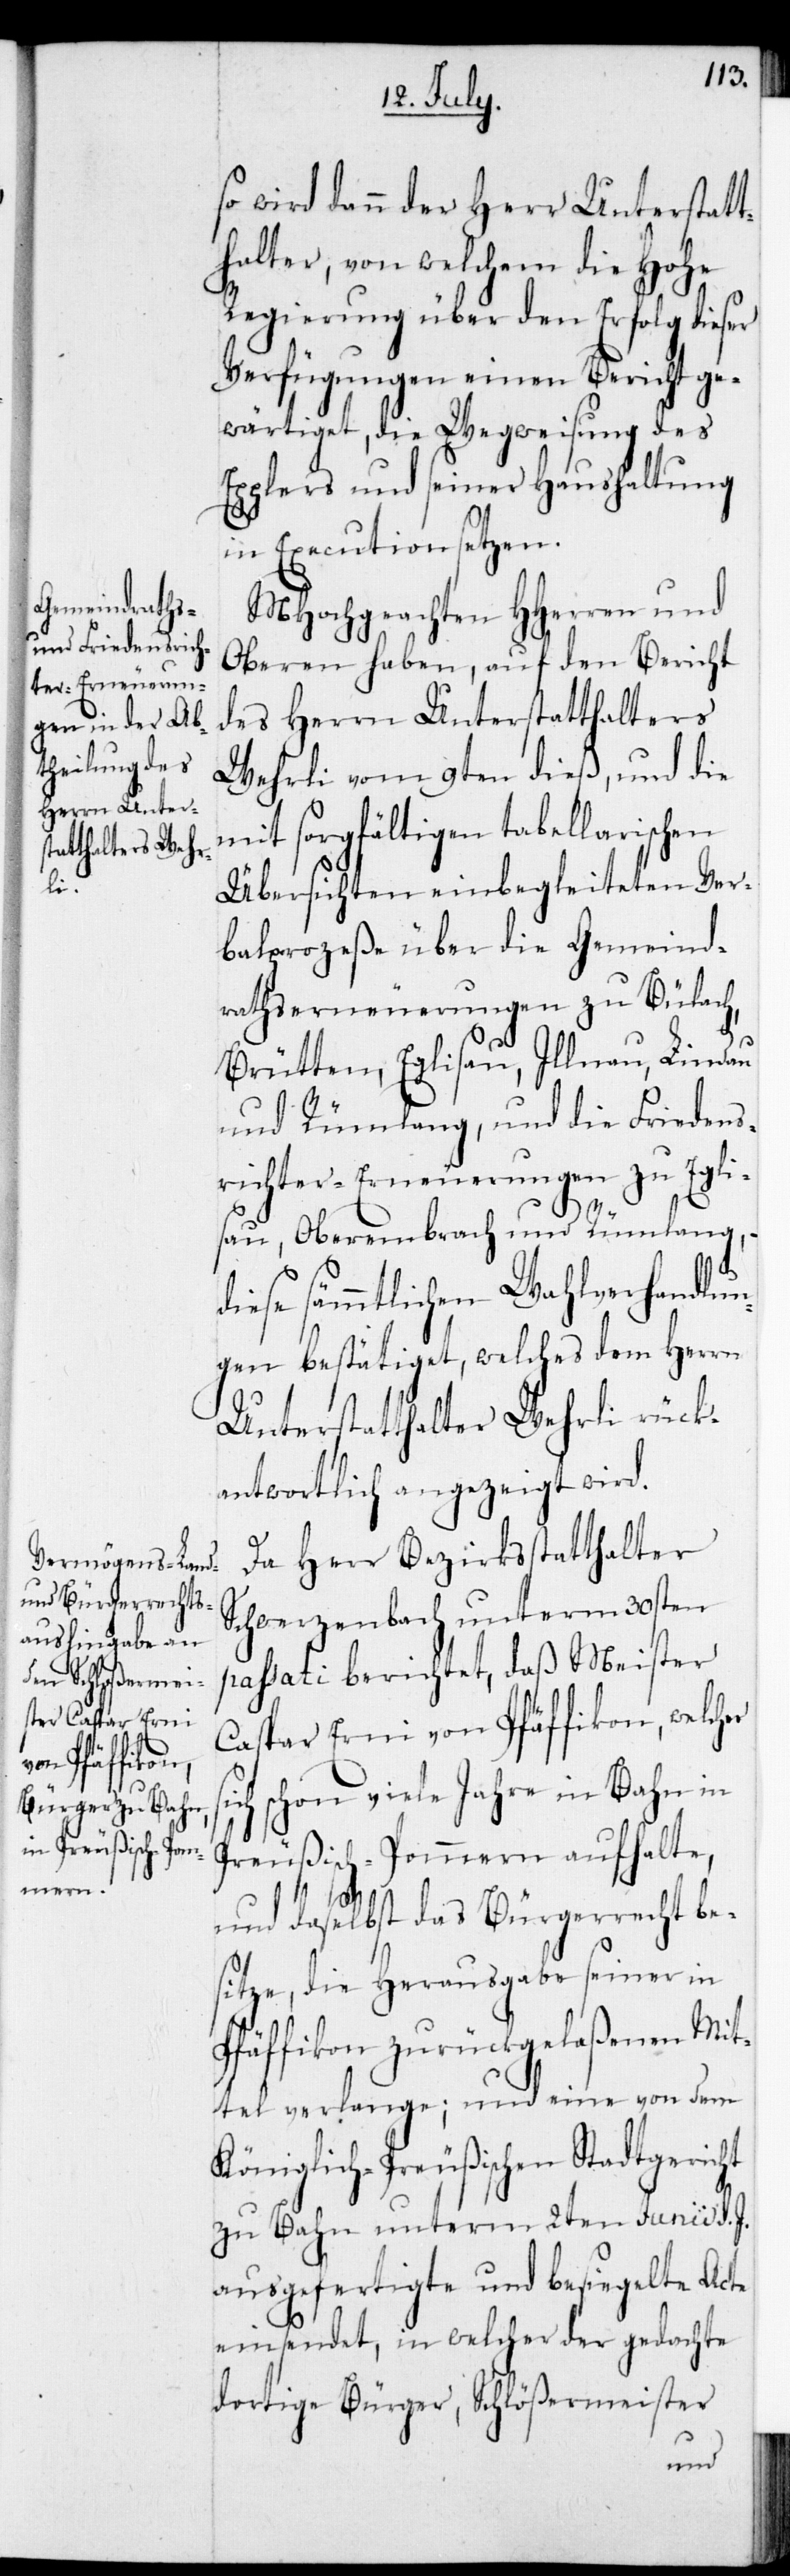
so wird dann der Herr Unterstatt¬
halter, von welchem die Hohe
Regierung über den Erfolg dieser
Verfügungen einen Bericht ge¬
wärtiget, die Wegweisung des
Epplers und seiner Haushaltung
in Execution setzen.
MHochgeachten HHerren und
Oberen haben, auf den Bericht
des Herrn Unterstatthaltes
Wehrli vom 9ten dieß, und die
mit sorgfältigen tabellarischen
Übersichten einbegleiteten Ver¬
balprozeße über die Gemeind¬
rathserneuerungen zu Bülach,
Brütten, Eglisau, Illnau, Lindau
und Rümlang, und die Friedens¬
richter-Erneuerungen zu Egli¬
sau, Oberembrach und Rümlang,
diese sämmtlichen Wahlverhandlun¬
gen bestätiget, welches dem Herrn
Unterstatthalter Wehrli rück¬
antwortlich angezeigt wird.
Da Herr Bezirksstatthalter
Schwerzenbach unterm 30sten
passati berichtet, daß Meister
Caspar Erni von Pfäffikon, welcher
schon viele Jahre in Bahn in
Preußisch-Pommern aufhalte,
und daselbst das Bürgerrecht be¬
sitze, die Herausgabe seiner in
Pfäffikon zurückgelaßenen Mit¬
tel verlange; und eine von dem
Königlich-Preußischen Stadtgericht
zu Bahn unterm 2ten Junii d. J.
ausgefertigte und besiegelte Acte
einsendet, in welcher der gedachte
dortige Bürger, Schlößermeister